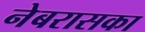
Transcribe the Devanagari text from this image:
नेबरासका